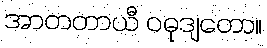
အာတတာယီ ဝဓုဒျတော။